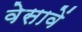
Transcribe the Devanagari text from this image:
वेसावें